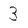
Character: 3